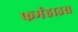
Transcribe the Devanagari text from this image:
फर्महाउस